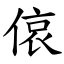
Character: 偯